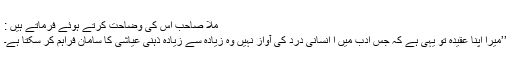
ملّا صاحب اس کی وضاحت کرتے ہوئے فرماتے ہیں :
’’میرا اپنا عقیدہ تو یہی ہے کہ جس ادب میں ا انسانی درد کی آواز نہیں وہ زیادہ سے زیادہ ذہنی عیاشی کا سامان فراہم کر سکتا ہے۔